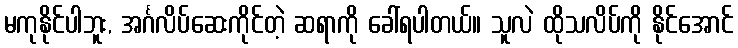
မကုနိုင်ပါဘူး, အင်္ဂလိပ်ဆေးကိုင်တဲ့ ဆရာကို ခေါ်ရပါတယ်။ သူလဲ ထိုသလိပ်ကို နိုင်အောင်